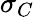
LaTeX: \sigma_{C}